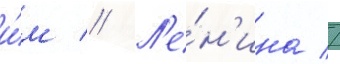
и́м // Л'е́н'ина //